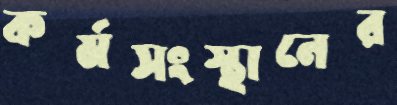
কর্মসংস্থানের